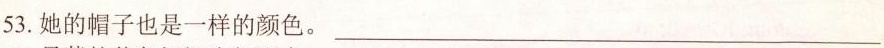
53.她的帽子也是一样的颜色。___